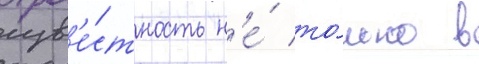
изв'е́стность н'е́ то́лько в